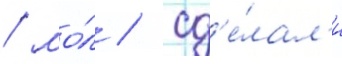
/ мо́л / сд'е́лал'и